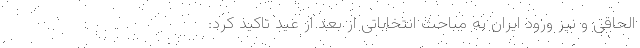
الحاقی و نیز ورود ایران به مباحث انتخاباتی از بعد از عید تاکید کرد: